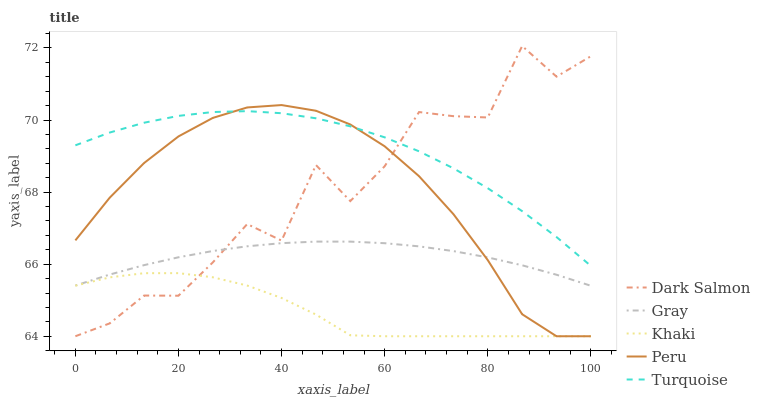
| xaxis_label | Dark Salmon | Gray | Khaki | Peru | Turquoise |
 | --- | --- | --- | --- | --- | --- |
 | 0 | 64 | 65.4 | 65.4 | 66.7 | 69.3 |
 | 6.67 | 64.4 | 65.7 | 65.6 | 67.8 | 69.7 |
 | 13.3 | 65.1 | 66 | 65.8 | 68.8 | 69.9 |
 | 20 | 65.1 | 66.2 | 65.8 | 69.5 | 70.1 |
 | 26.7 | 66 | 66.4 | 65.6 | 70.1 | 70.2 |
 | 33.3 | 67.1 | 66.5 | 65.4 | 70.3 | 70.2 |
 | 40 | 66.7 | 66.6 | 65.1 | 70.4 | 70.2 |
 | 46.7 | 68.8 | 66.6 | 64.6 | 70.3 | 70 |
 | 53.3 | 67.8 | 66.6 | 64 | 69.9 | 69.8 |
 | 60 | 68.7 | 66.6 | 64 | 69.3 | 69.5 |
 | 66.7 | 70.2 | 66.5 | 64 | 68.4 | 69.1 |
 | 73.3 | 70.1 | 66.4 | 64 | 67.4 | 68.7 |
 | 80 | 70.1 | 66.2 | 64 | 66.1 | 68.1 |
 | 86.7 | 72.1 | 66 | 64 | 64.6 | 67.5 |
 | 93.3 | 71.2 | 65.7 | 64 | 64 | 66.8 |
 | 100 | 71.8 | 65.4 | 64 | 64 | 66 |